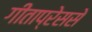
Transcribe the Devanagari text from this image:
गीताप्रेससे